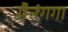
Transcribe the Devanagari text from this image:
पैनंगगा